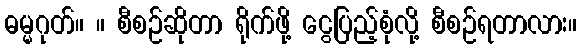
ဓမ္မဂုတ်။ ။ စီစဉ်ဆိုတာ ရိုက်ဖို့ ငွေပြည့်စုံလို့ စီစဉ်ရတာလား။